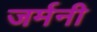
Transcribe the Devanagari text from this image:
जर्मनी